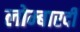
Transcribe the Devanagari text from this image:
लोम्बारदी